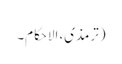
(ترمذی، الاحکام۔